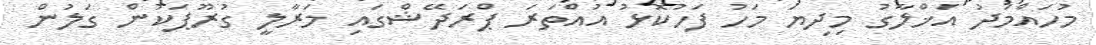
މުހައްމަދު އަޚްލާގު މިދިޔަ މަހު ފަހުކޮޅު އުއްތަރަ ޕްރަދޭޝްގައި މަރާލީ ގުރޫޕަކުން ގަލުން